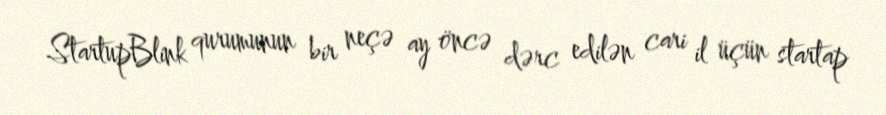
StartupBlink qurumunun bir neçə ay öncə dərc edilən cari il üçün startap